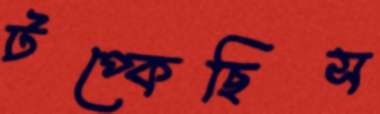
টপ্‌কেছিস